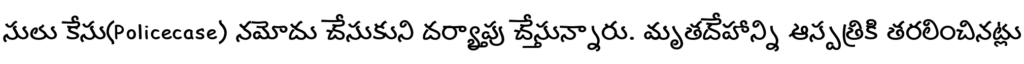
సులు కేసు(Policecase) నమోదు చేసుకుని దర్యాప్తు చేస్తున్నారు. మృతదేహాన్ని ఆస్పత్రికి తరలించినట్లు